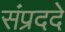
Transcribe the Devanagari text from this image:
संप्रददे